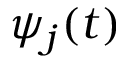
\psi _ { j } ( t )